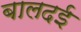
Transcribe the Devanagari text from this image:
बालदई